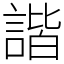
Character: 諧